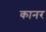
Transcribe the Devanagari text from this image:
कानर